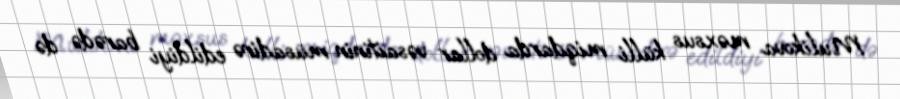
Mulikova məxsus külli miqdarda dollar vəsaitinin müsadirə edildiyi barədə də